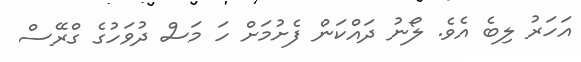
އަހަރު ލިބެ އެވެ. ލޯނު ދައްކަން ފެށުމަށް ހަ މަސް ދުވަހުގެ ގްރޭސް